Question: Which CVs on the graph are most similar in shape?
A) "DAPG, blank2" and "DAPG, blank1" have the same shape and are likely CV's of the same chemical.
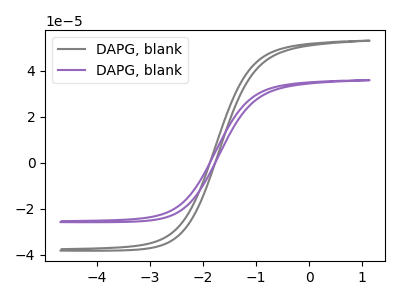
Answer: <think>The gray curve "DAPG, blank1" has no peaks. The purple curve "DAPG, blank2" has no peaks.
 Neither "DAPG, blank1" or "DAPG, blank2" have any peaks.</think>
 <answer>A) "DAPG, blank2" and "DAPG, blank1" have the same shape and are likely CV's of the same chemical.</answer>
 <eval>A</eval>